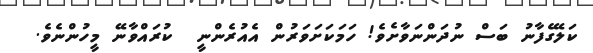
ކަލޭގެފާނު ބަސް ނުދަންނަވާށެވެ! ހަމަކަށަވަރުން އެއުރެންނީ  ކުރައްވާނޭ މީހުންނެވެ.